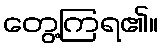
တွေ့ကြရ၏။